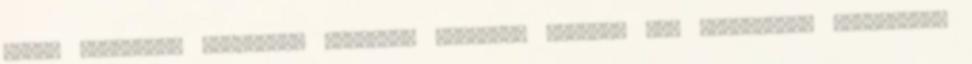
nyári időszakra időzített hosszabb vakációk azonban sok munkahelyi konfliktus